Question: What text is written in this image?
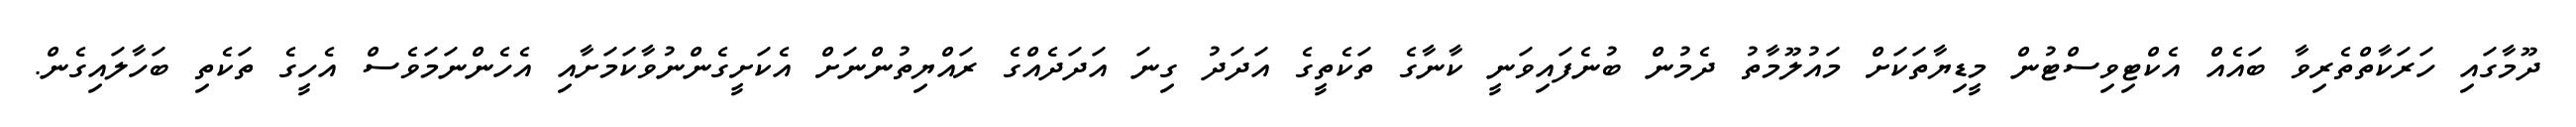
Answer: ދޫމާގައި ހަރަކާތްތެރިވާ ބައެއް އެކްޓިވިސްޓުން މީޑިޔާތަކަށް މައުލޫމާތު ދެމުން ބުނެފައިވަނީ ކާނާގެ ތަކެތީގެ އަދަދު ގިނަ އަދަދެއްގެ ރައްޔިތުންނަށް އެކަށީގެންނުވާކަމަށާއި އެހެންނަމަވެސް އެހީގެ ތަކެތި ބަހާލައިގެން.